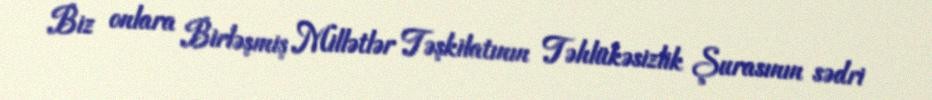
Biz onlara Birləşmiş Millətlər Təşkilatının Təhlükəsizlik Şurasının sədri